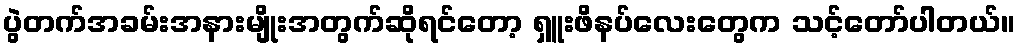
ပွဲတက်အခမ်းအနားမျိုးအတွက်ဆိုရင်တော့ ရှူးဖိနပ်လေးတွေက သင့်တော်ပါတယ်။